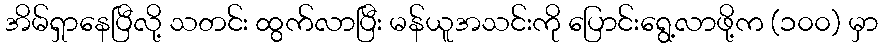
အိမ်ရှာနေပြီလို့ သတင်း ထွက်လာပြီး မန်ယူအသင်းကို ပြောင်းရွေ့လာဖို့က (၁၀၀) မှာ